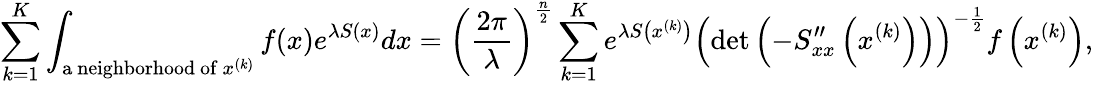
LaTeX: \sum_{k=1}^{K}\int_{{\mathrm{a~neighborhood~of~}}x^{(k)}}f(x)e^{\lambda S(x)}dx=\left({\frac{2\pi}{\lambda}}\right)^{\frac{n}{2}}\sum_{k=1}^{K}e^{\lambda S\left(x^{(k)}\right)}\left(\operatorname*{det}\left(-S_{xx}^{\prime\prime}\left(x^{(k)}\right)\right)\right)^{-{\frac{1}{2}}}f\left(x^{(k)}\right),